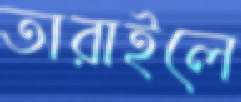
তারাইলে